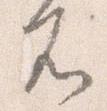
不